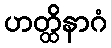
ဟတ္ထိနာဂံ